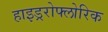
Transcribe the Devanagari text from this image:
हाइड्ररोफ्लोरिक